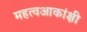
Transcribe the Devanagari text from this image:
महत्वआकांक्षी